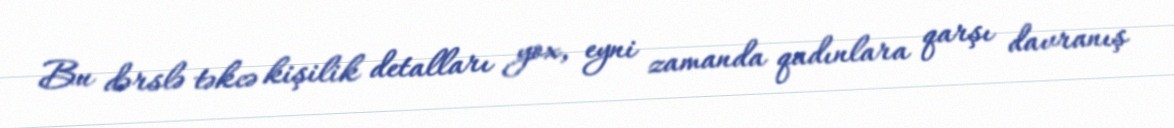
Bu dərslə təkcə kişilik detalları yox, eyni zamanda qadınlara qarşı davranış